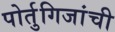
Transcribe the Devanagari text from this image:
पोर्तुगिजांची